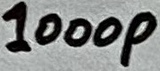
Text: 1000p